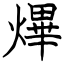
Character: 熚